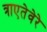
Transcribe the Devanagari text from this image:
त्राएतेवेरे